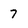
Character: 7